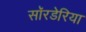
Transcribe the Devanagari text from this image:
सॉरडेरिया